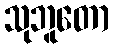
သုဘူတော